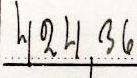
424,36